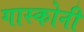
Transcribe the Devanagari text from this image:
गास्कोनी